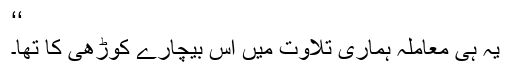
‘‘
یہ ہی معاملہ ہماری تلاوت میں اِس بیچارے کوڑھی کا تھا۔